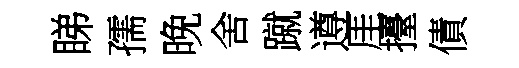
睇孺晚舍蹴遵厓擡債